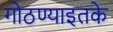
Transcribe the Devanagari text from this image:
गोठण्याइतके